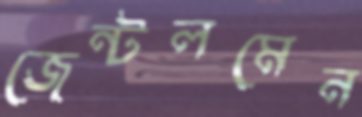
জেন্টলমেন